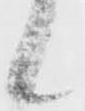
候